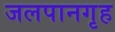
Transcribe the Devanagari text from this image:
जलपानगृह